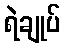
ရဲချုပ်